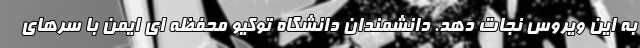
به این ویروس نجات دهد. دانشمندان دانشگاه توکیو محفظه ای ایمن با سرهای